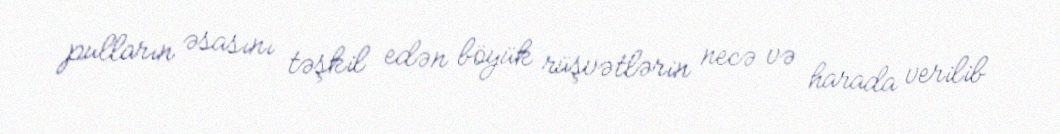
pulların əsasını təşkil edən böyük rüşvətlərin necə və harada verilib